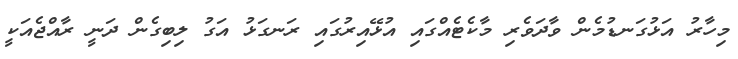
މިހާރު އަޅުގަނޑުމެން ވާދަވެރި މާކެޓެއްގައި އުޅޭއިރުގައި ރަނގަޅު އަގު ލިބިގެން ދަނީ ރާއްޖެއަކީ